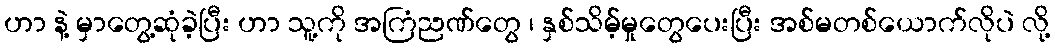
ဟာ နဲ့ မှာတွေ့ဆုံခဲ့ပြီး ဟာ သူ့ကို အကြံညဏ်တွေ ၊ နှစ်သိမ့်မှုတွေပေးပြီး အစ်မတစ်ယောက်လိုပဲ လို့